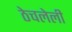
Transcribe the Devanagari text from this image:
ठेचलेली